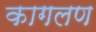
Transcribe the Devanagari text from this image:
कागलण